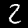
Digit: 2